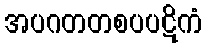
အပဂတတစပပဋိကံ